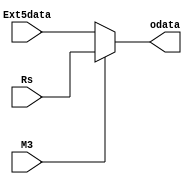
`timescale 1ns / 1ps
//////////////////////////////////////////////////////////////////////////////////
// Company: 
// Engineer: 
// 
// Design Name: 
// Module Name: MUX3
// Project Name: 
// Target Devices: 
// Tool Versions: 
// Description: 
// 
// Dependencies: 
// 
// Revision:
// Revision 0.01 - File Created
// Additional Comments:
// 
//////////////////////////////////////////////////////////////////////////////////


module MUX3(
input M3,
input [31:0]Rs,Ext5data,
output [31:0]odata
    );
    assign odata=M3?Rs:Ext5data;
endmodule